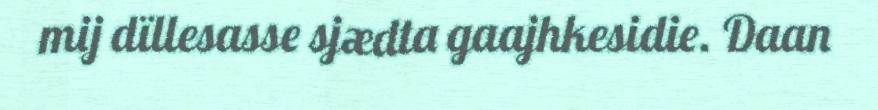
mij dïllesasse sjædta gaajhkesidie. Daan